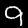
Digit: 9